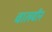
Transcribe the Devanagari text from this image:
चालवीन